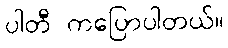
ပါတီ ကပြောပါတယ်။